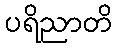
ပရိညာတိ